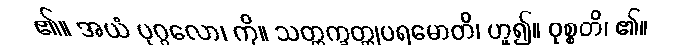
၏။ အယံ ပုဂ္ဂလော၊ ကို။ သတ္တက္ခတ္တုပရမောတိ၊ ဟူ၍။ ဝုစ္စတိ၊ ၏။